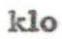
klo